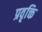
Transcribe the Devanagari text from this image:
प्रवृक्ति